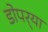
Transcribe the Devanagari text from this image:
डोपर्‍या